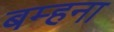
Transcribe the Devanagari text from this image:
बम्‍हना